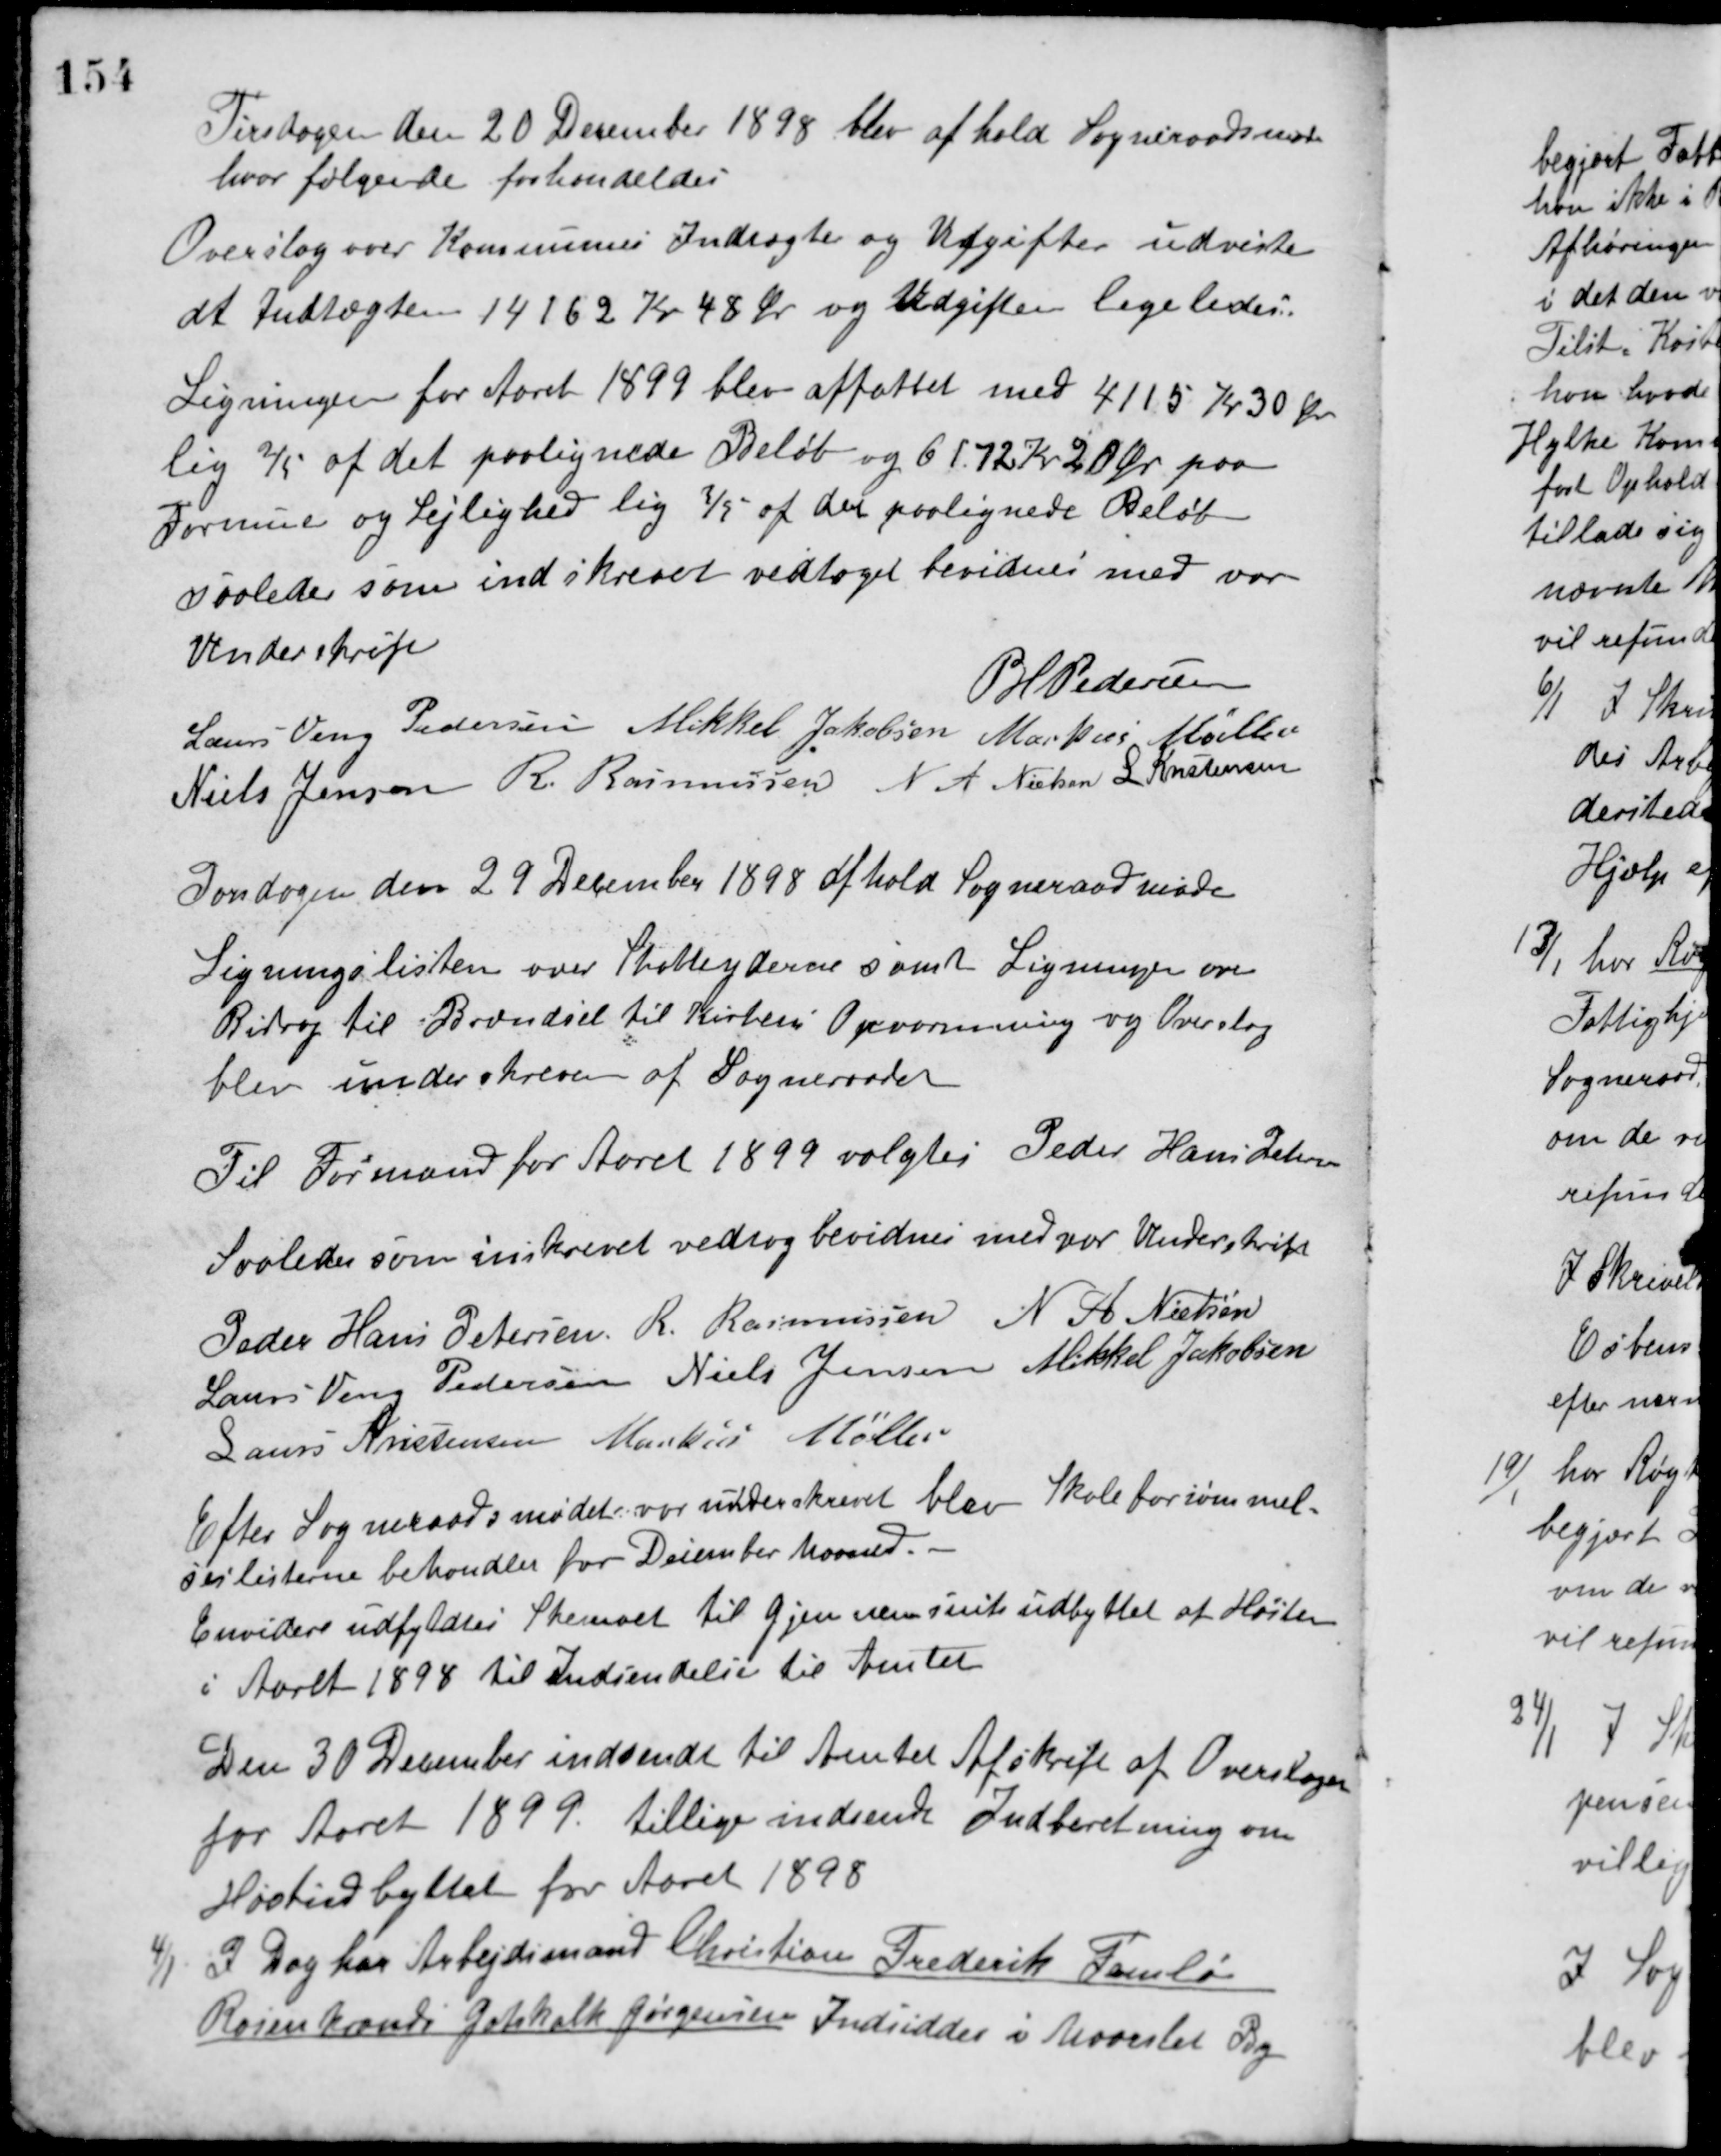
Transskription:
Tirsdagen den 20 December 1898 blev afhold Sogneraadsmøde
hvor følgende forhandledes
Overslag over Kommunens Indtægter og Udgifter udviste
at Indtægten 14162 Kr. 48 Øre og Udgifter ligeledes.
Ligningen for Aaret 1899 blev affattet med 4115 Kr. 30 Øre
lig 2/5 af det paalignede Beløb og 6172 Kr. 20 Øre paa
Formue og Lejlighed lig 3/5 af det paalignede Beløb
Saaledes som indskrevet vedtaget bevidnes med vor
Underskrift
P. H. Pedersen
Laurs Veng Pedersen Mikkel Jakobsen Markus Møller
Niels Jensen R. Rasmussen N. A. Nielsen L. Kristensen
Torsdagen den 29 December 1898 afhold Sogneraadsmøde
Ligningslisten over Skatteyderne samt Ligninger over
Bidrag til Brændsel til Kirkens Opvarmning og Overslag
blev underskreven af Sogneraadet
Til Formand for Aaret 1899 valgtes Peder Hans Petersen.
Saaledes som inskrevet vedtog bevidnes med vor Underskrift
Peder Hans Petersen R. Rasmussen N. A. Nielsen
Laurs Veng Pedersen Niels Jensen Mikkel Jakobsen
Laurs Kristensen Markus Møller
Efter Sogneraadsmødet var underskrevet blev Skoleforsømmel-
seslisterne behandlet for December Maaned.
Envidere udfyldtes Skemaet til Gjennemsnitsudbyttet af Høsten
i Aaret 1898 til Indsendelse til Amtet
Den 30 December indsendt til Amtet Afskrift af Overslaget
for Aaret 1899. tillige indsendt Indberetning om
Høstudbyttet for Aaret 1898
4/1 I Dag har Arbejdsmand Christian Frederik Famlø
Rosenkrands Gotshalk Jørgensen Indsidder i Maarslet By